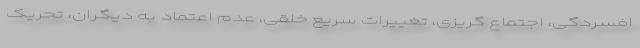
افسردگی، اجتماع گریزی، تغییرات سریع خُلقی، عدم اعتماد به دیگران، تحریک